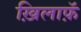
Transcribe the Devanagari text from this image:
ख़िलाफ़ॅ